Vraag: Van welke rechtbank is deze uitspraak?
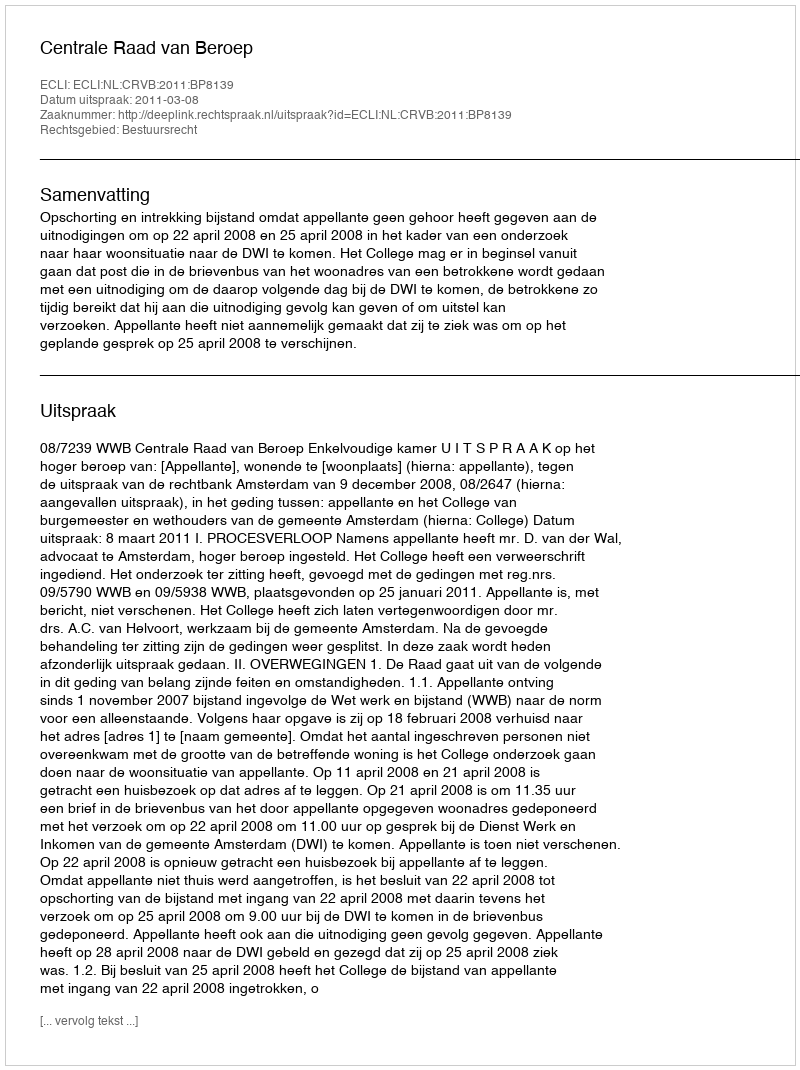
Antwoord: Centrale Raad van Beroep